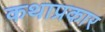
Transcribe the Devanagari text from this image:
कथाप्रकार